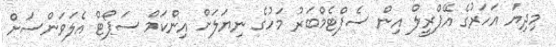
މިދިޔަ އަހަރުގެ އޭޕްރީލް އިން ސެޕްޓެމްބަރު މަހުގެ ނިޔަލަށް އިންކަމް ސަޕޯޓް އެލަވަންސަށް